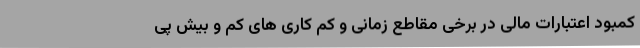
کمبود اعتبارات مالی در برخی مقاطع زمانی و کم کاری های کم و بیش پی